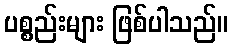
ပစ္စည်းများ ဖြစ်ပါသည်။